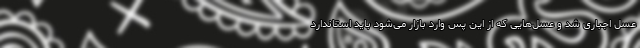
عسل اجباری شد و عسل‌هایی که از این پس وارد بازار می‌شود باید استاندارد